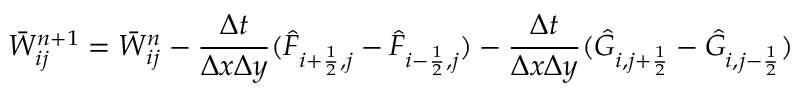
\Bar W _ { i j } ^ { n + 1 } = \Bar W _ { i j } ^ { n } - \frac { \Delta t } { \Delta x \Delta y } ( \Hat F _ { i + \frac { 1 } { 2 } , j } - \Hat F _ { i - \frac { 1 } { 2 } , j } ) - \frac { \Delta t } { \Delta x \Delta y } ( \Hat G _ { i , j + \frac { 1 } { 2 } } - \Hat G _ { i , j - \frac { 1 } { 2 } } )